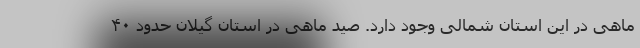
ماهی در این استان شمالی وجود دارد. صید ماهی در استان گیلان حدود ۴۰